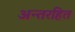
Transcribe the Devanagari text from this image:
अन्तरहित